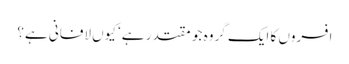
افسروں کا ایک گروہ جو مقتدر ہے‘ کیوں لافانی ہے؟